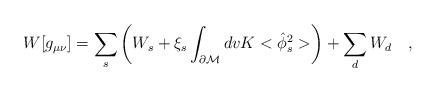
LaTeX: \begin{align*}W[g_{\mu\nu}]=\sum_{s}\left( W_s+\xi_s\int_{\partial {\cal M}}dvK<\hat{\phi}_s^2>\right)+\sum_{d} W_d~~~,\end{align*}